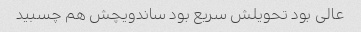
عالی بود تحویلش سریع بود ساندویچش هم چسبید